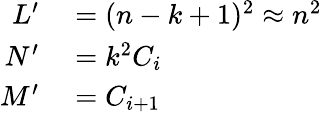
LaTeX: \begin{array}{rl}{L^{\prime}}&{{}=(n-k+1)^{2}\approx n^{2}}\\ {N^{\prime}}&{{}=k^{2}C_{i}}\\ {M^{\prime}}&{{}=C_{i+1}}\end{array}